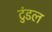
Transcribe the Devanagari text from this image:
टुंडल